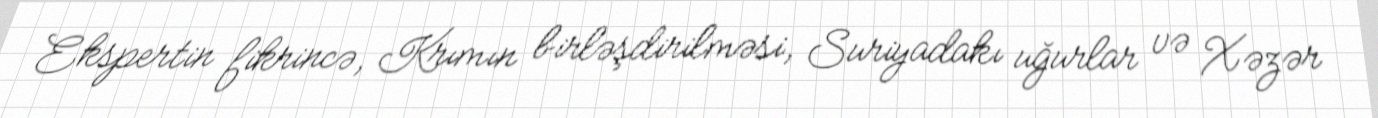
Ekspertin fikrincə, Krımın birləşdirilməsi, Suriyadakı uğurlar və Xəzər